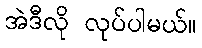
အဲဒီလို လုပ်ပါမယ်။